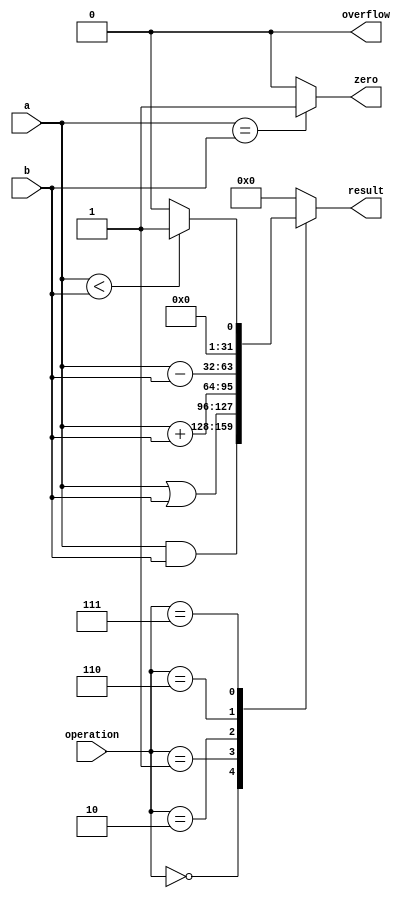
`timescale 1ns / 1ps

module ALU_32 ( a, b, operation, result, overflow, zero );
    input       [31:0]  a, b;
    input       [3:0]   operation;
    output  reg [31:0]  result;
    output  reg         overflow, zero;

    wire            set;
    wire    [31:0]  carryOut;
    wire            aInvert, bNegate;
    
    initial
    begin
        result = 0;
        overflow = 0;
        zero = 0;
    end
    
    always @ ( a, b, operation )
    begin
        case ( operation )
            4'b0000:    result = a & b;
            4'b0001:    result = a | b;
            4'b0010:    result = a + b;
            4'b0110:    result = a - b;
            4'b0111:    result = a < b ? 1 : 0;
            default:    result = 0;
        endcase
    end

    always @ ( a, b )
        zero = a == b ? 1 : 0;
    
    always @ ( a, b )   overflow = 0;
endmodule